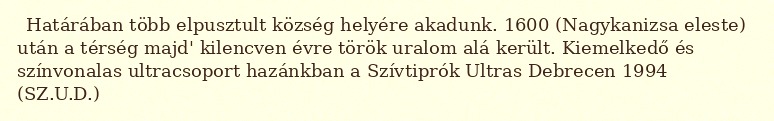
Határában több elpusztult község helyére akadunk. 1600 (Nagykanizsa eleste) után a térség majd' kilencven évre török uralom alá került. Kiemelkedő és színvonalas ultracsoport hazánkban a Szívtiprók Ultras Debrecen 1994 (SZ.U.D.)